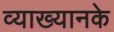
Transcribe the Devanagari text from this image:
व्याख्यानके